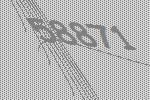
58871